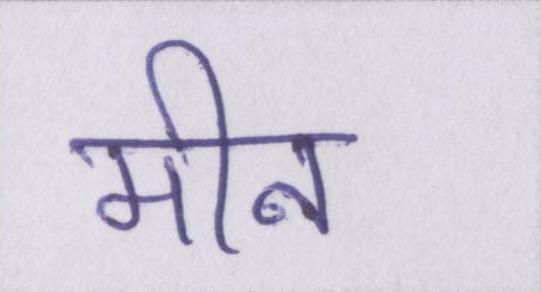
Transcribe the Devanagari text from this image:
मीन